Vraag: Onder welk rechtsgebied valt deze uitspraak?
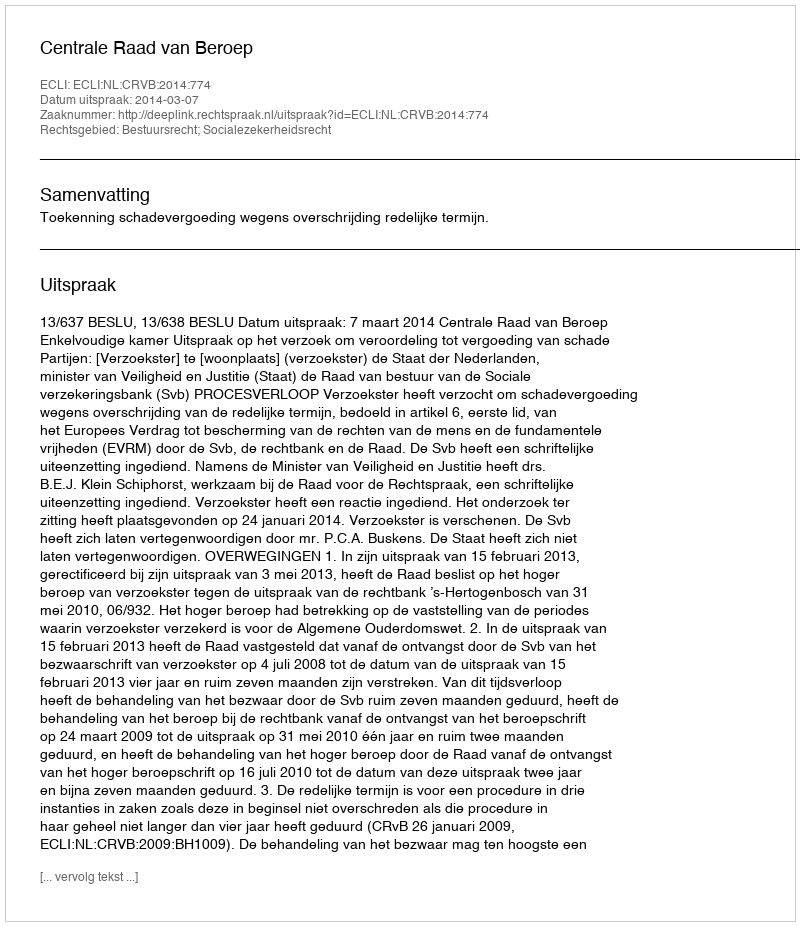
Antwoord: Bestuursrecht; Socialezekerheidsrecht